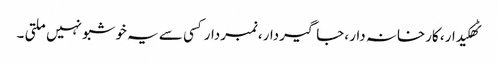
ٹھکیدار، کارخانہ دار ،جاگیردار،نمبردارکسی سے یہ خوشبو نہیں ملتی ۔